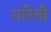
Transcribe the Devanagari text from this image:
गरिवी